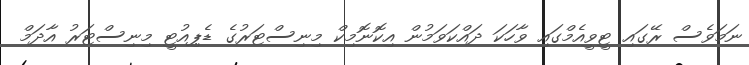
ނަމަވެސް ރޭގައި ޓީވީއެމްގައި ވާހަކަ ދައްކަވަމުން އިކޮނޮމިކް މިނިސްޓަރުގެ ޑެޕިއުޓީ މިނިސްޓަރު އާދަމް